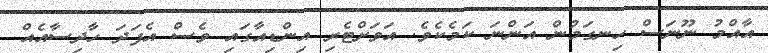
އާއްމު ނޫނަސް ހިނގަމުން އަންނަ ކަމެކެވެ. އަވަށްޓެރި އިންޑިއާގައި ވެސް އެފަދަ ހާދިސާއެއް